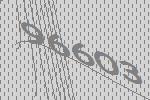
96603